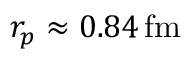
r _ { p } \approx 0 . 8 4 \, \mathrm { f m }